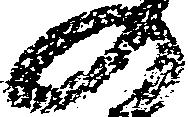
の